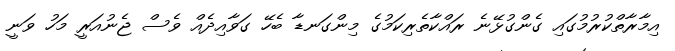
އިމާރާތްކުރުމުގައި ގެންގުޅޭނެ ރައްކާތެރިކަމުގެ މިންގަނޑާ ބެހޭ ގަވާއިދެއް ވެސް ޖެނުއަރީ މަހު ވަނީ